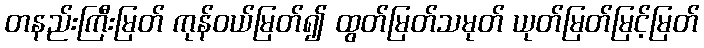
တနည်းကြီးမြတ် ကုန်ဝယ်မြတ်၍ ထွတ်မြတ်သမုတ် ယုတ်မြတ်မြင့်မြတ်